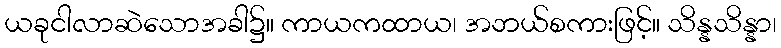
ယခုငါလာဆဲသောအခါ၌။ ကာယကထာယ၊ အဘယ်စကားဖြင့်။ သိန္နသိန္နာ၊